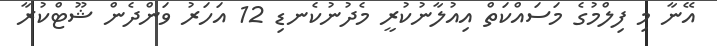
އޭނާ މި ފިލްމުގެ މަސައްކަތް އިއުލާނުކުރީ މެދުނުކެނޑި 12 އަހަރު ވަންދެން ޝޫޓްކުރާ